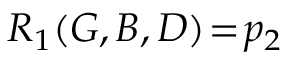
R _ { 1 } ( G , B , D ) \! = \! p _ { 2 }